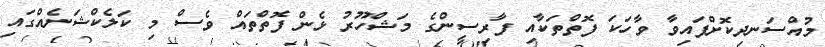
މުއްސަނދިކޮށްފައިވާ ވާހަކަ ފޮތްތަކާއި ފާރިސީންގެ މަޝްހޫރު ޅެން ފޮތްތައް ވެސް މި ކަލެކްޝަނެއްގައި